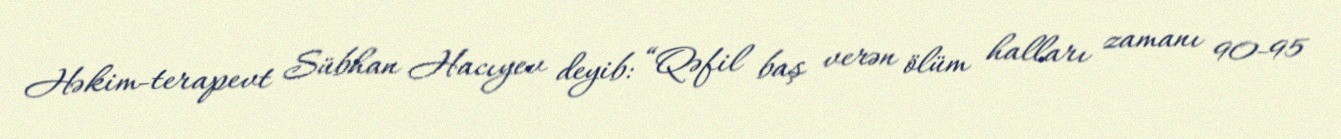
Həkim-terapevt Sübhan Hacıyev deyib: “Qəfil baş verən ölüm halları zamanı 90-95